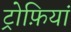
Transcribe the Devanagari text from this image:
ट्रोफ़ियां